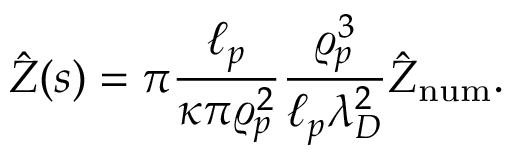
\hat { Z } ( s ) = \pi \frac { \ell _ { p } } { \kappa \pi \varrho _ { p } ^ { 2 } } \frac { \varrho _ { p } ^ { 3 } } { \ell _ { p } \lambda _ { D } ^ { 2 } } \hat { Z } _ { \mathrm { n u m } } .